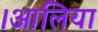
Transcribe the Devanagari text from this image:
।आलिया